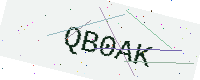
Text: QB0AK